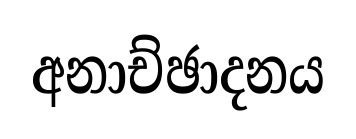
අනාච්ඡාදනය